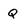
Character: Q